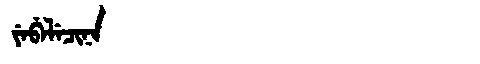
Manchu: ᠶᡝᠪᡝᠯᡝᠴᡳᠨᠠ
Romanization: YEBELECINA